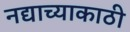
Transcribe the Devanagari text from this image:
नद्याच्याकाठी